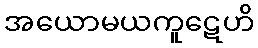
အယောမယကူဋေဟိ